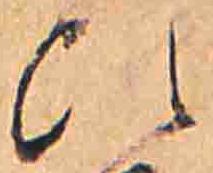
ひ